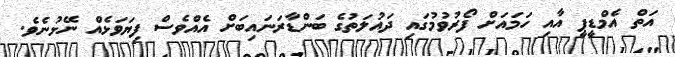
އަތް އެމްޑީޕީ އާއި ހަމައަށް ފޯރުވުމުގައި ދައުލަތުގެ ބަންޑާރަނައިބަށް އެއްވެސް ފިޔަވަޅެއް ނޭޅުނެވެ.